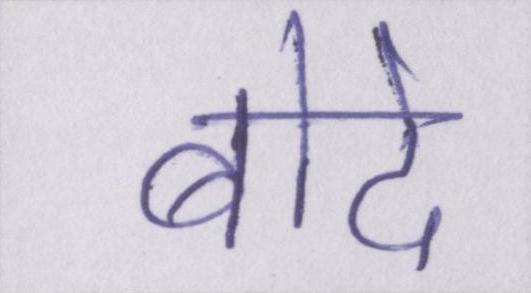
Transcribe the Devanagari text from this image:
बोदे